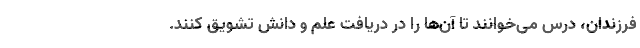
فرزندان، درس می‌خوانند تا آن‌ها را در دریافت علم و دانش تشویق کنند.